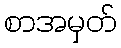
စာအမှတ်